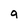
Character: g